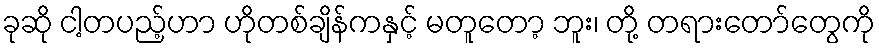
ခုဆို ငါ့တပည့်ဟာ ဟိုတစ်ချိန်ကနှင့် မတူတော့ ဘူး၊ တို့ တရားတော်တွေကို